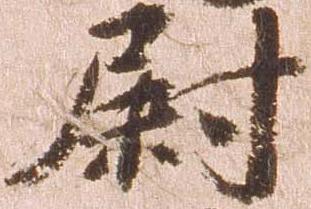
尉